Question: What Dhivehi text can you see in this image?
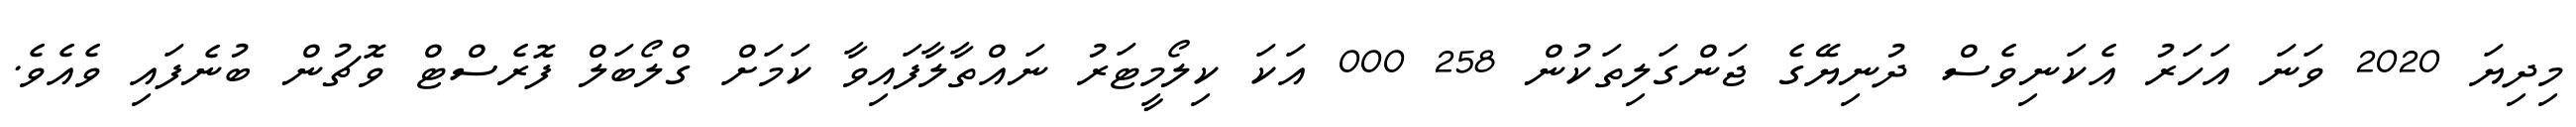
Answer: މިދިޔަ 2020 ވަނަ އަހަރު އެކަނިވެސް ދުނިޔޭގެ ޖަންގަލިތަކުން 258 000 އަކަ ކިލޯމީޓަރު ނައްތާލާފައިވާ ކަމަށް ގްލޯބަލް ފޮރެސްޓް ވޮޗުން ބުނެފައި ވެއެވެ.